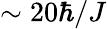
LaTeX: \sim 20\hbar/J